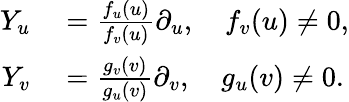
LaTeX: \begin{array}{rl}{Y_{u}}&{{}=\frac{f_{u}(u)}{f_{v}(u)}\partial_{u},\quad f_{v}(u)\neq 0,}\\ {Y_{v}}&{{}=\frac{g_{v}(v)}{g_{u}(v)}\partial_{v},\quad g_{u}(v)\neq 0.}\end{array}